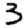
Digit: 3